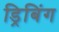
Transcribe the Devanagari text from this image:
ड्रिबिंग